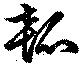
瓠